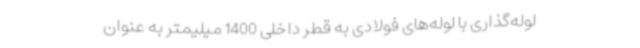
لوله‌گذاری با لوله‌های فولادی به قطر داخلی 1400 میلیمتر به عنوان